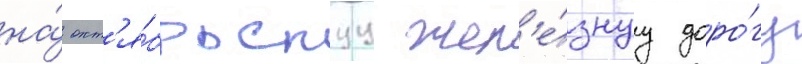
на́ окт'я́брьскуу жел'е́знуу доро́гу